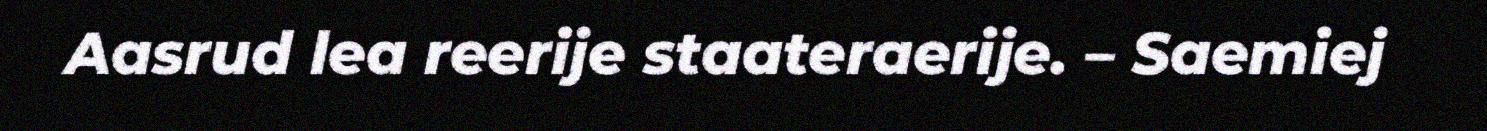
Aasrud lea reerije staateraerije. – Saemiej